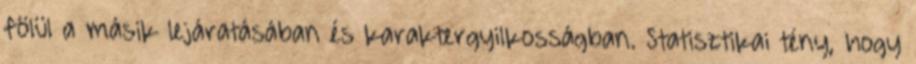
fölül a másik lejáratásában és karaktergyilkosságban. Statisztikai tény, hogy